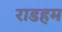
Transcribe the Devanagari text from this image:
राडहम